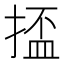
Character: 𫽗